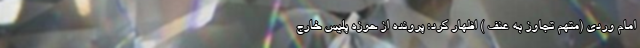
امام وردی (متهم تجاوز به عنف ) اظهار کرد: پرونده از حوزه پلیس خارج